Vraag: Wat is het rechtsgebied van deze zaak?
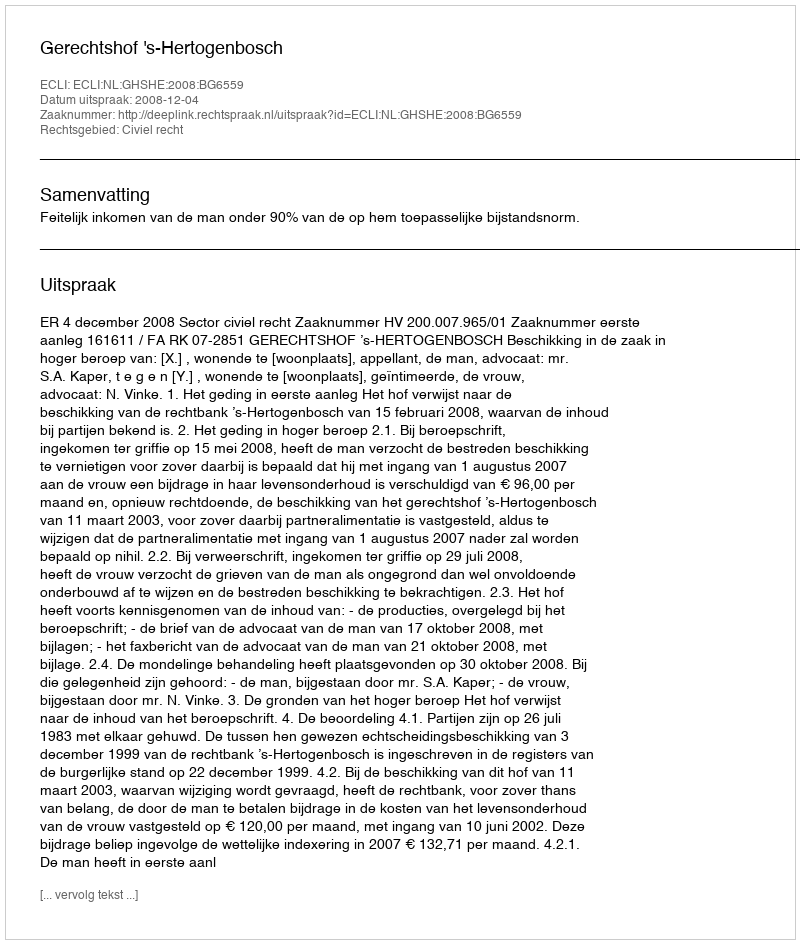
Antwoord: Civiel recht